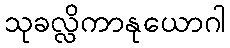
သုခလ္လိကာနုယောဂါ